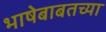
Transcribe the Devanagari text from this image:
भाषेबाबतच्या